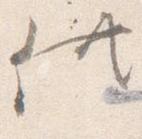
供